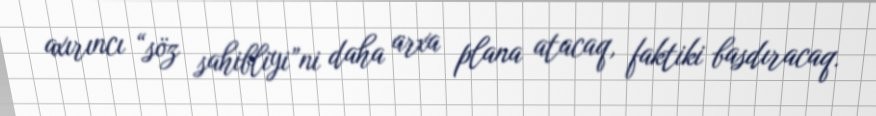
axırıncı “söz sahibliyi”ni daha arxa plana atacaq, faktiki basdıracaq.